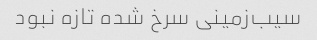
سیب‌زمینی سرخ شده تازه نبود